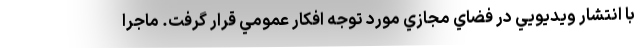
با انتشار ويديويي در فضاي مجازي مورد توجه افكار عمومي قرار گرفت. ماجرا